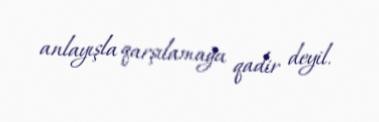
anlayışla qarşılamağa qadir deyil.